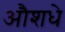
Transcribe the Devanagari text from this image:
औशधे